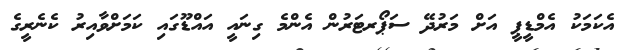
އެކަމަކު އެމްޑީޕީ އަށް މަރުދޭ ސަޕޯރޓަރުން އެންމެ ގިނައީ އައްޑޫގައި ކަމަށްވާއިރު ކެނެރީގެ